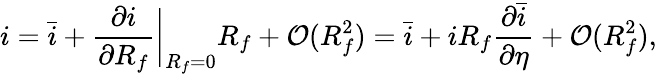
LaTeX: i=\bar{i}+\frac{\partial i}{\partial R_{f}}\bigg\lvert_{R_{f}=0}R_{f}+\mathcal{O}(R_{f}^{2})=\bar{i}+iR_{f}\frac{\partial\bar{i}}{\partial\eta}+\mathcal{O}(R_{f}^{2}),